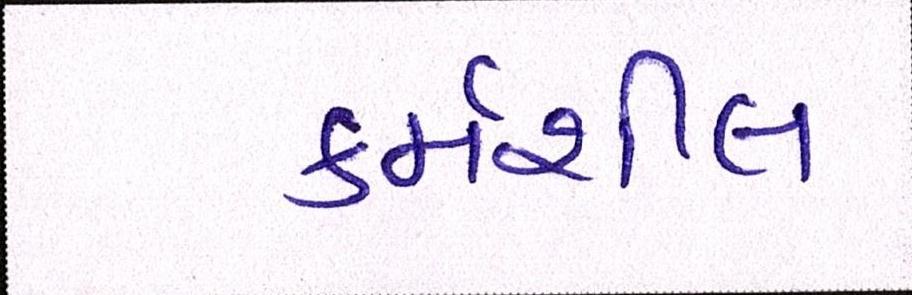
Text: કર્મશીલ